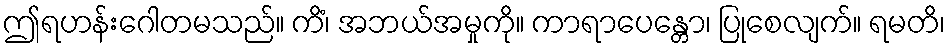
ဤရဟန်းဂေါတမသည်။ ကိံ၊ အဘယ်အမှုကို။ ကာရာပေန္တော၊ ပြုစေလျက်။ ရမတိ၊